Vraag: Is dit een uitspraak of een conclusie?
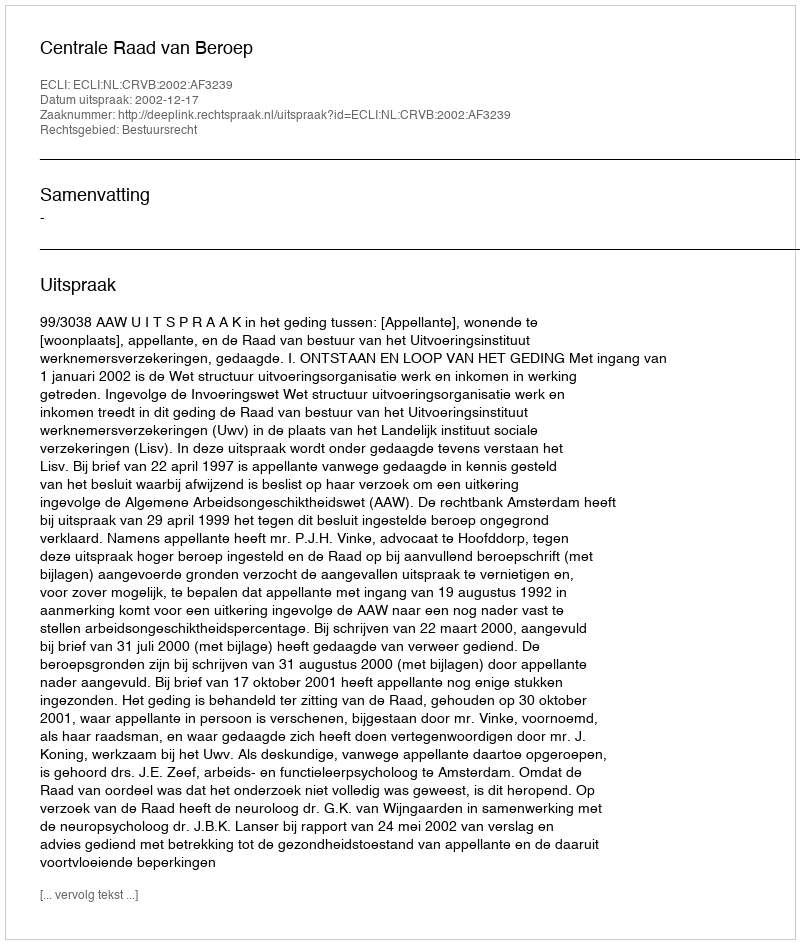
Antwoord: Uitspraak